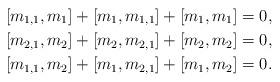
LaTeX: \begin{align*}& [m_{1,1}, m_{1}] + [m_{1}, m_{1,1}]+ [m_{1}, m_{1}] = 0,\\&[m_{2,1}, m_{2}] + [m_{2}, m_{2,1}] + [m_{2}, m_{2}] = 0,\\&[m_{1,1},m_{2}] + [m_{1}, m_{2,1}] + [m_{1}, m_{2}] = 0.\end{align*}